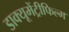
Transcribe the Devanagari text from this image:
डाक्यूमेंट्रीफिल्म